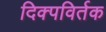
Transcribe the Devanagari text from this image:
दिक्पविर्तक